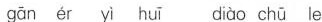
gān ér yì huī diào chū le